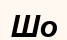
Шо